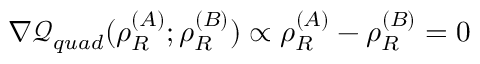
\begin{array} { r } { \nabla \mathcal { Q } _ { q u a d } ( \rho _ { R } ^ { ( A ) } ; \rho _ { R } ^ { ( B ) } ) \propto \rho _ { R } ^ { ( A ) } - \rho _ { R } ^ { ( B ) } = 0 } \end{array}